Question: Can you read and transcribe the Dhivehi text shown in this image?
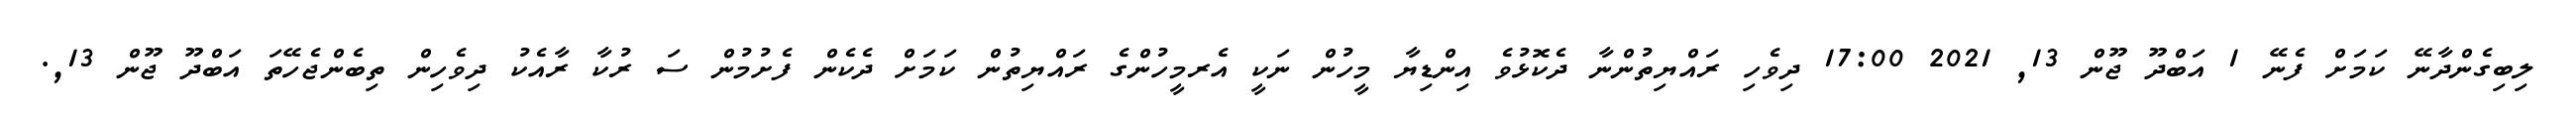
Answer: ލިބިގެންދާނޭ ކަމަށް ފެނޭ 1 އަބްދޫ ޖޫން 13, 2021 17:00 ދިވެހި ރައްޔިތުންނާ ދެކޮޅުވެ އިންޑިޔާ މީހުން ނަކީ އެރމީހުންގެ ރައްޔިތުން ކަމަށް ދެކެން ފެށުމުން ސަ ރުކާ ރާއެކު ދިވެހިން ތިބެންޖެހޭތަ އަބްދޫ ޖޫން 13,.